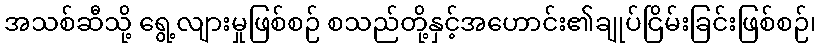
အသစ်ဆီသို့ ရွေ့လျားမှုဖြစ်စဉ် စသည်တို့နှင့်အဟောင်း၏ချုပ်ငြိမ်းခြင်းဖြစ်စဉ်၊